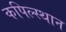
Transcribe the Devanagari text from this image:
कपिल्स्थान